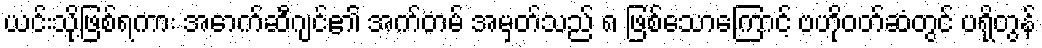
ယင်းသို့ဖြစ်ရကား အောက်ဆီဂျင်၏ အက်တမ် အမှတ်သည် ၈ ဖြစ်သောကြောင့် ဗဟိုဝတ်ဆံတွင် ပရိုတွန်